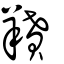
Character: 羵